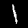
Digit: 1